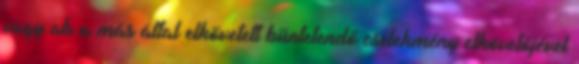
vagy ab a más által elkövetett büntetendő cselekmény elkövetőjével